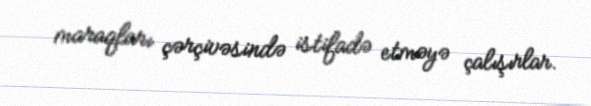
maraqları çərçivəsində istifadə etməyə çalışırlar.